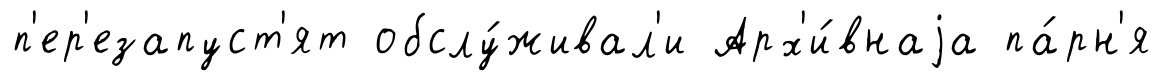
п'ер'езапуст'ят обслу́живал'и Арх'и́внаjа па́рн'я